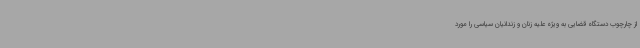
از چارچوب دستگاه قضایی به ویژه علیه زنان و زندانیان سیاسی را مورد